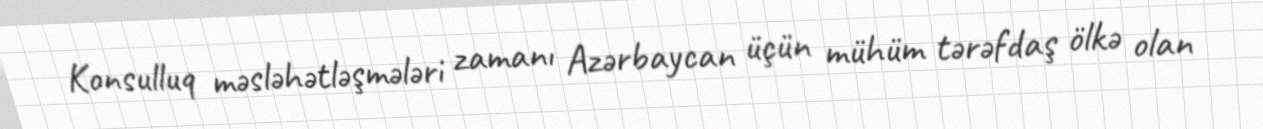
Konsulluq məsləhətləşmələri zamanı Azərbaycan üçün mühüm tərəfdaş ölkə olan